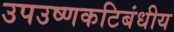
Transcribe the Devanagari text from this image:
उपउष्णकटिबंधीय